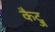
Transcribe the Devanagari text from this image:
कैट्ज